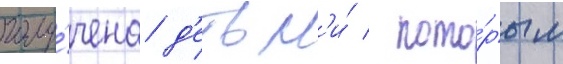
полу́чена д'етьм'и́ / кото́рым